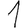
Digit: 1